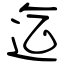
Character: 迄